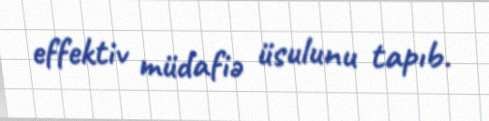
effektiv müdafiə üsulunu tapıb.